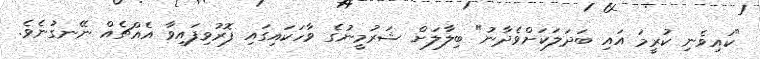
"ކައިވެނި ކުރީމަ އައި ބަދަލަކަށްވެދާނު" ބިލާލަށް ޝަރުމީނުގެ ވާހަކައިގައި ފޮރުވިފައިވާ އެއްޗެއް ނޭނގުނެވެ.